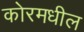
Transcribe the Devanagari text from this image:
कोरमधील